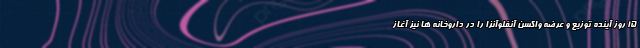
۱۵ روز آینده توزیع و عرضه واکسن آنفلوآنزا را در داروخانه ها نیز آغاز